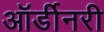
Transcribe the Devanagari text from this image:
ऑर्डीनरी